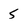
Character: 5